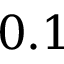
0 . 1